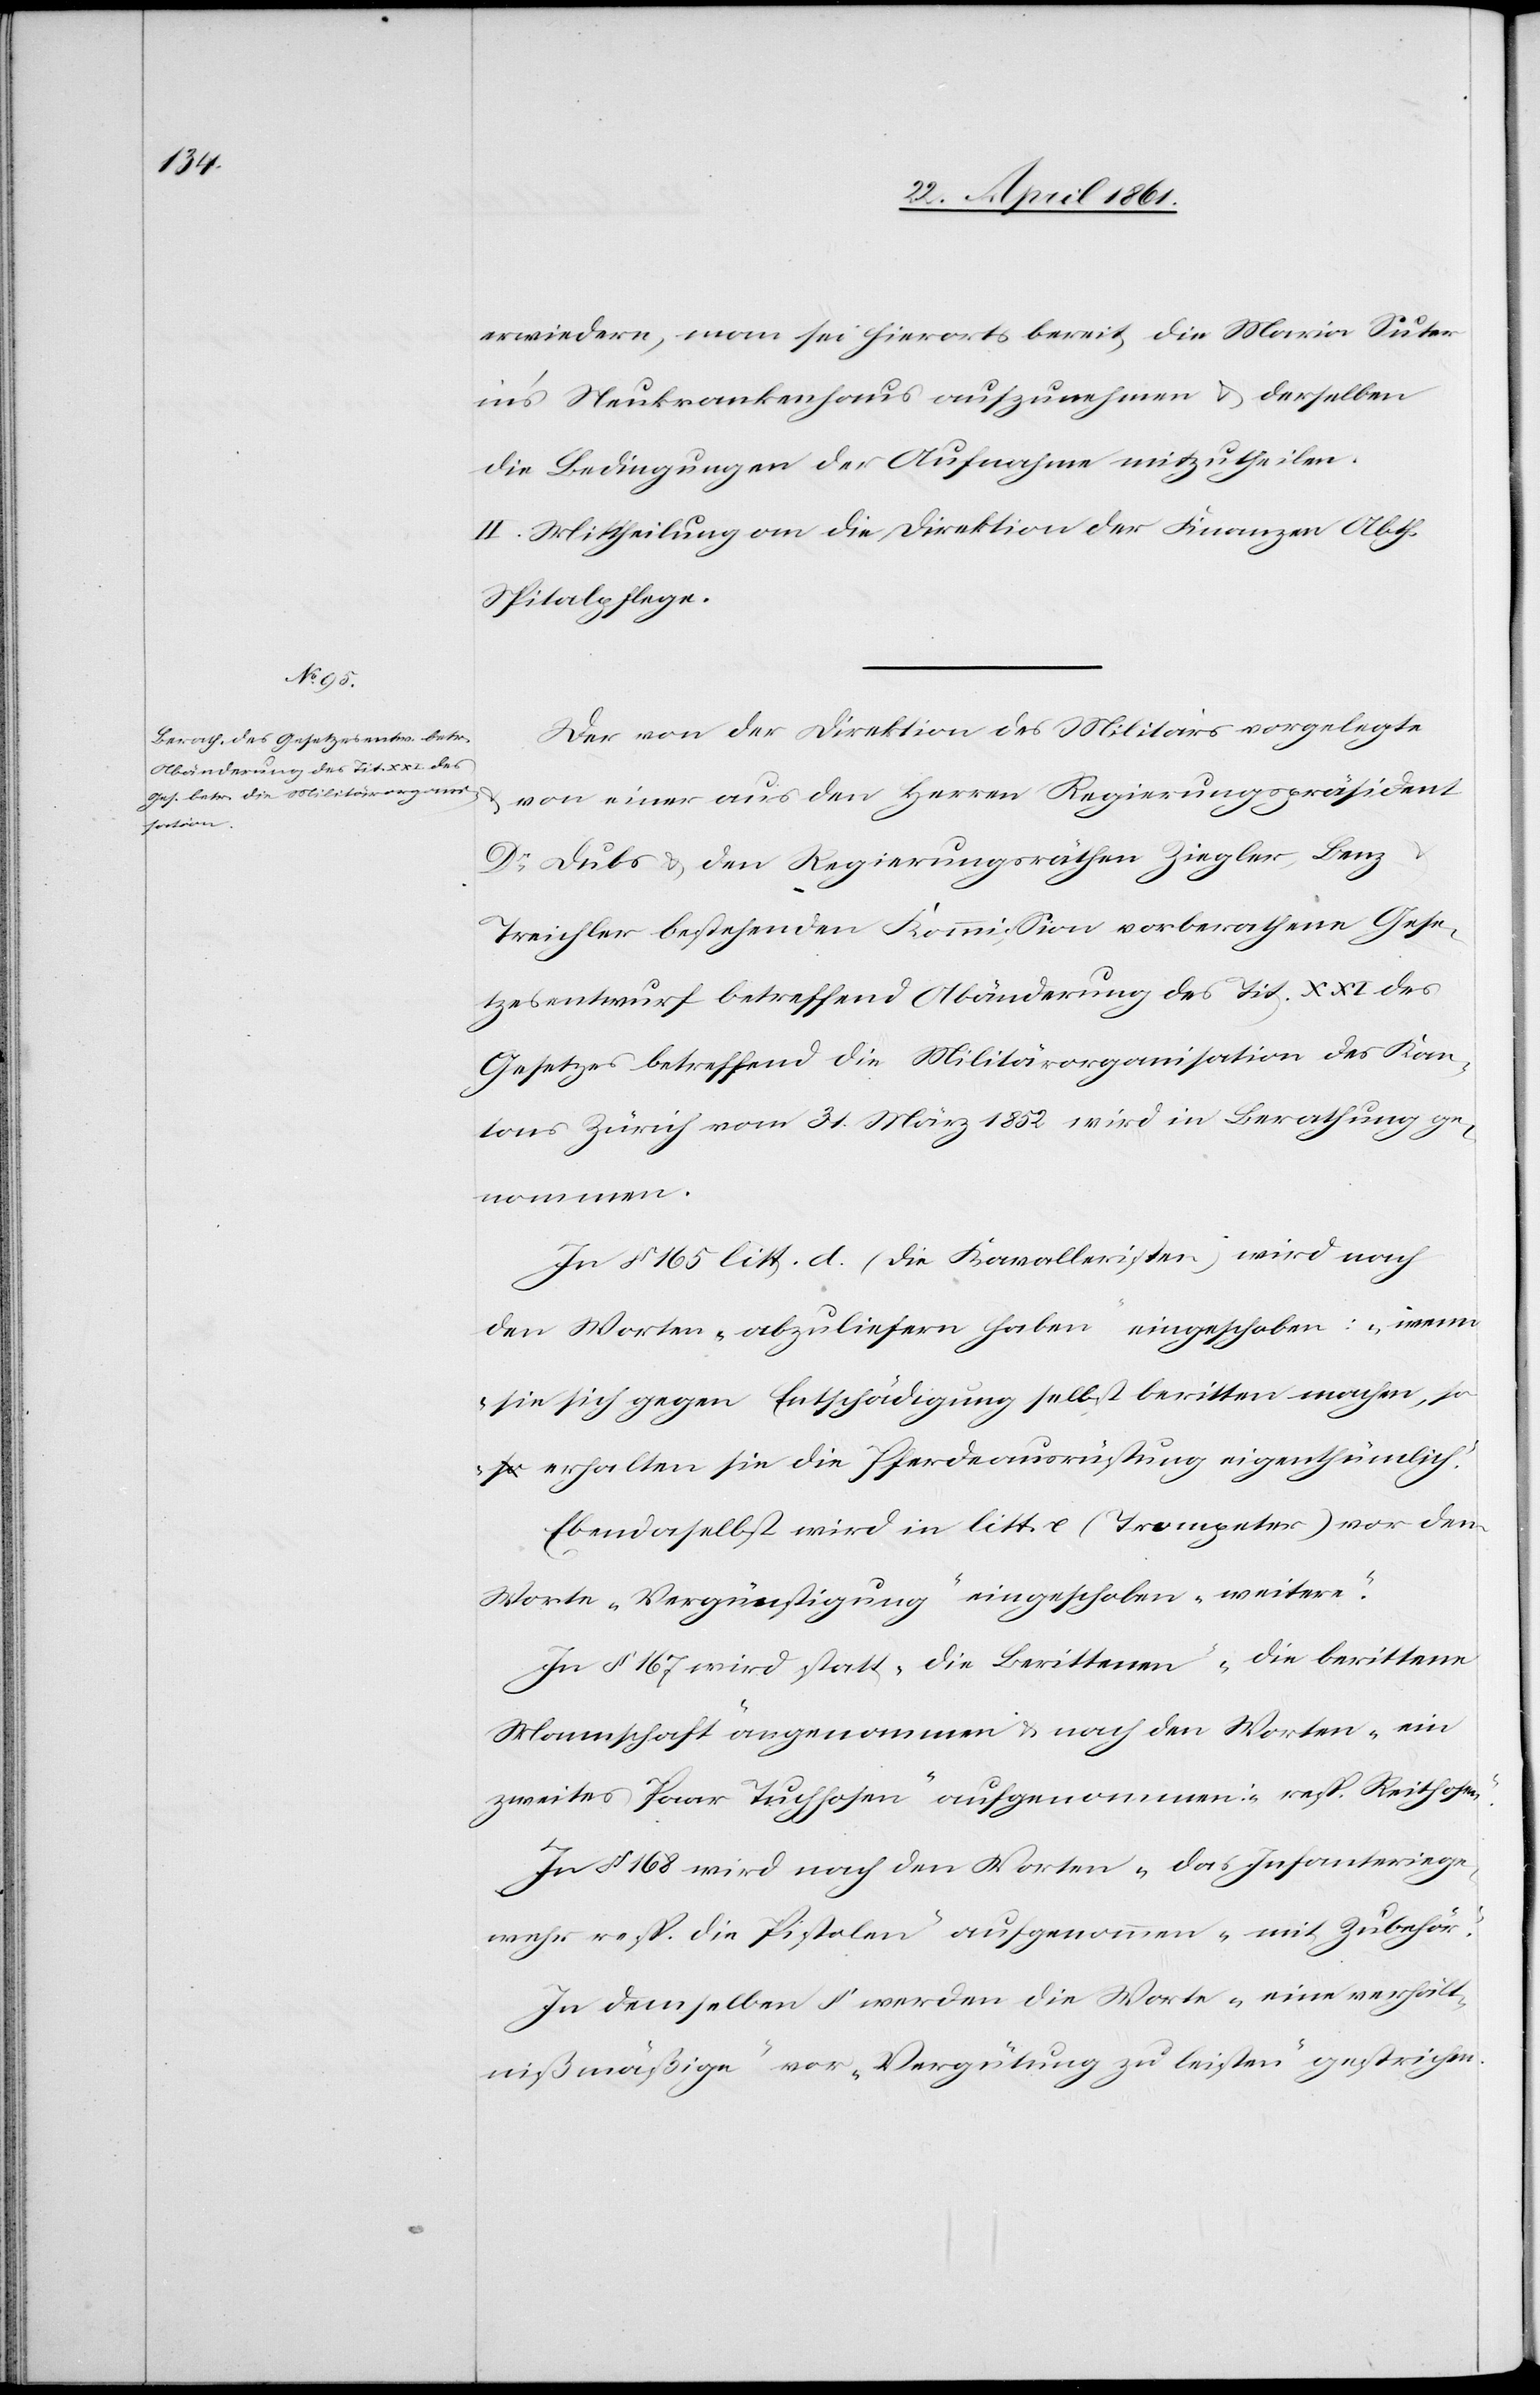
erwiedern, man sei hierorts bereit, die Maria Suter
in’s Neukrankenhaus aufzunehmen u. derselben
die Bedingungen der Aufnahme mitzutheilen.
II. Mittheilung an die Direktion der Finanzen Abth.
Spitalpflege.
Der von der Direktion des Militärs vorgelegte
von einer aus den Herren Regierungspräsident
Dr Dubs u. den Regierungsräthen Ziegler, Benz
Treichler bestehenden Kommission vorberathene Gese¬
tzesentwurf betreffend Abänderung des Tit. XXI des
Gesetzes betreffend die Militärorganisation des Kan¬
tons Zürich vom 31. März 1852 wird in Berathung ge¬
nommen.
In § 165 litt. d (die Kavallerister) wird nach
den Worten „abzuliefern haben“ eingeschoben: „wenn
sie sich gegen Entschädigung selbst beritten machen,
so erhalten sie die Pferdeausrüstung eigenthümlich.“
Ebendaselbst wird in litt. e (Trompeter) vor dem
Worte „Vergünstigungen“ eingeschoben „weitere“.
In § 167 wird statt „die Berittenen“ „die berittene
Mannschaft“ angenommen u. nach den Worten „ein
zweites Paar Tuchhosen“ aufgenommen: „resp. Reithosen“.
In § 168 wird nach den Worten „das Infanteriege¬
wehr resp. die Pistolen“ aufgenommen „mit Zubehör“.
In demselben § werden die Worte „eine verhält¬
nißmäßige“ vor „Vergütung zu leisten“ gestrichen.